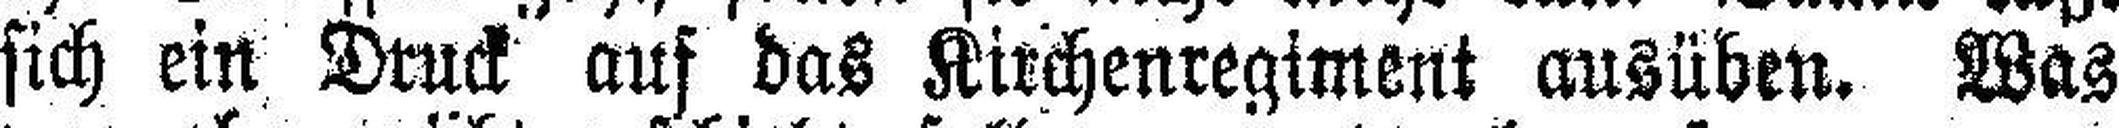
sich ein Druck auf das Kirchenregiment ausüben. Was